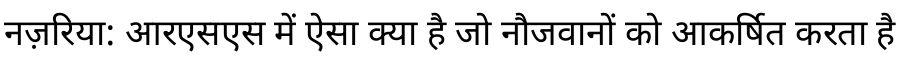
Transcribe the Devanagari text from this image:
नज़रिया: आरएसएस में ऐसा क्या है जो नौजवानों को आकर्षित करता है